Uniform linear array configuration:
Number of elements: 48
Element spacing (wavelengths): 1
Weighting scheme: cosine
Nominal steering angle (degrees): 0
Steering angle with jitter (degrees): -0.6748
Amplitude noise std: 0.05
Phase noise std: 0.05

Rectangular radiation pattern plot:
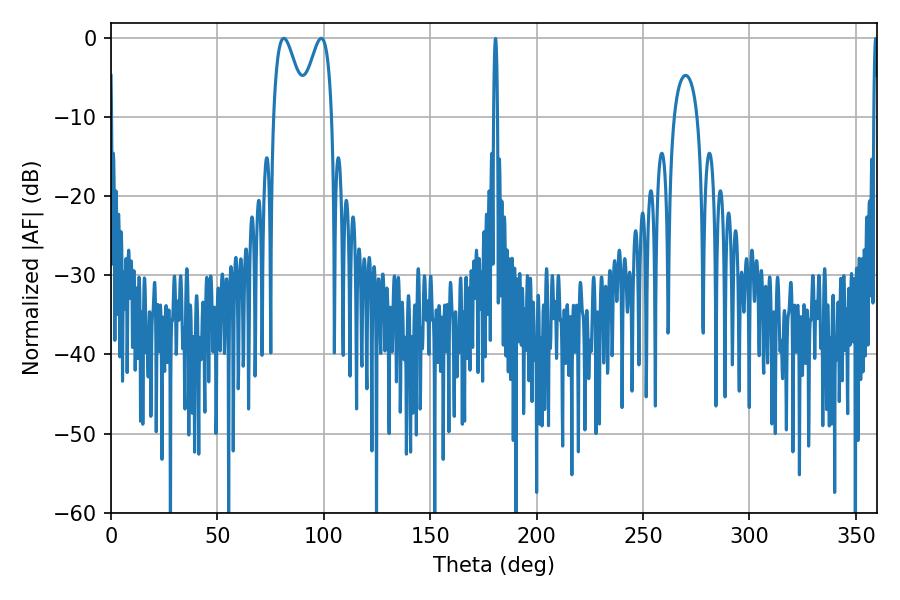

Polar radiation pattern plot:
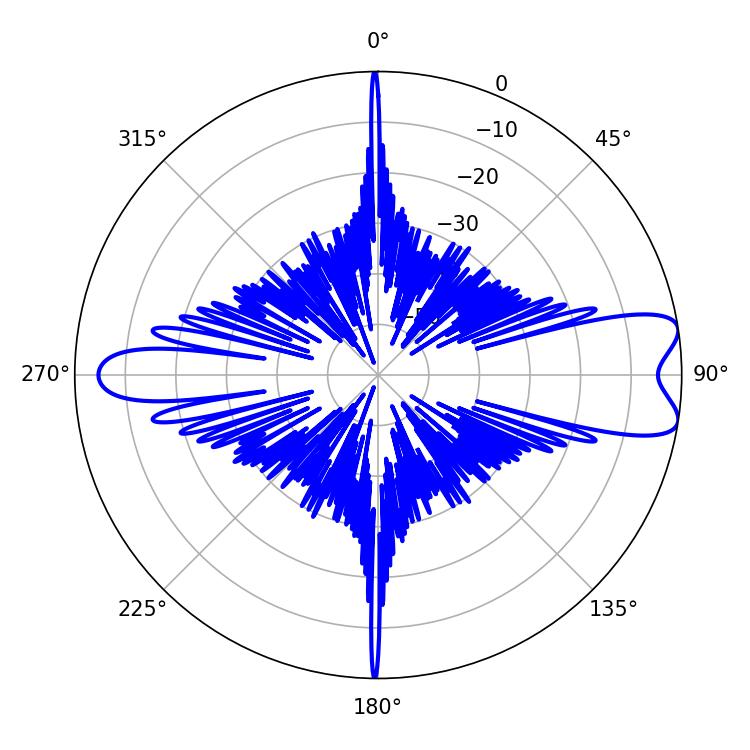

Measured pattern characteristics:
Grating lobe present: TRUE
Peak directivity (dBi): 9.207
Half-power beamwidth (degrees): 8.1
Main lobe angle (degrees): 81.18